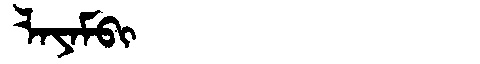
Manchu: ᠯᠠᠶᠠᠮᠪᡳ
Romanization: LAYAMBI